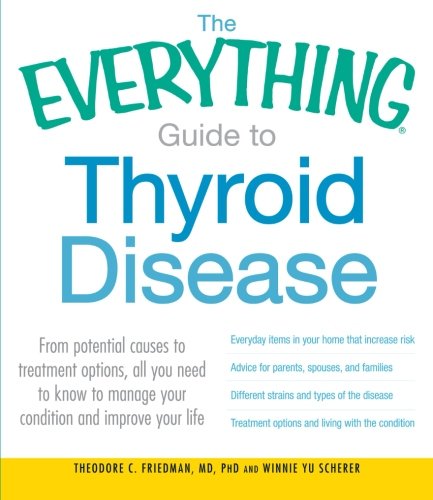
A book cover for The Everything Guide to Thyroid Disease: From potential causes to treatment options, all you need to know to manage your condition and improve your life (Everything Series); Theodore C. Friedman; Health, Fitness & Dieting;